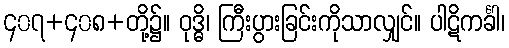
၄၀၇+၄၀၈+တို့၌။ ဝုဒ္ဓိ၊ ကြီးပွားခြင်းကိုသာလျှင်။ ပါဋိကင်္ခါ၊